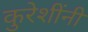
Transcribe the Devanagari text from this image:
कुरेशींनी